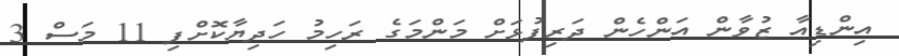
އިންޑިއާ ޒުވާން އަންހެން ދަރިފުޅަށް މަންމަގެ ރަހިމު ހަދިޔާކޮށްފި 11 މަސް 3